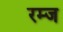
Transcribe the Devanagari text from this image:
रम्ज